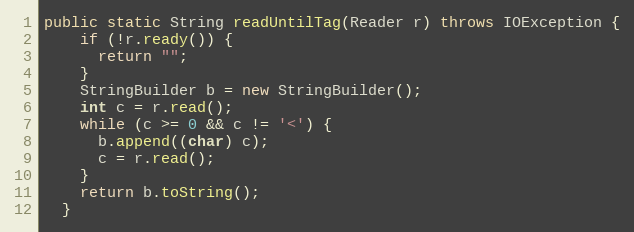
Language: Java
public static String readUntilTag(Reader r) throws IOException {
    if (!r.ready()) {
      return "";
    }
    StringBuilder b = new StringBuilder();
    int c = r.read();
    while (c >= 0 && c != '<') {
      b.append((char) c);
      c = r.read();
    }
    return b.toString();
  }